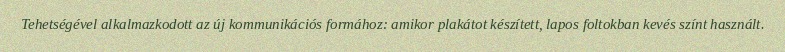
Tehetségével alkalmazkodott az új kommunikációs formához: amikor plakátot készített, lapos foltokban kevés színt használt.